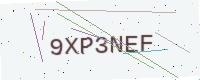
Text: 9XP3NEF